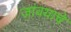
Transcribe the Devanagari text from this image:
जांवयाचे